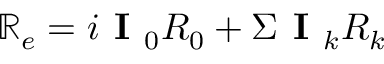
\mathbb { R } _ { e } = i \textbf { I } _ { 0 } R _ { 0 } + \Sigma \textbf { I } _ { k } R _ { k }